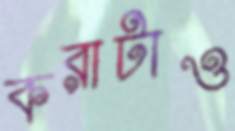
করাটাও